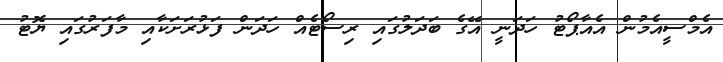
އެމްސީއެމުން އެއާޕޯޓު ހަދަނީ އޭގެ ބަދަލުގައި ރިސޯޓެއް ހަދަން ފަޅުރަށަކާއި މާފަރުގައި ޔޮޓު